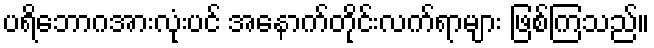
ပရိဘောဂအားလုံးပင် အနောက်တိုင်းလက်ရာများ ဖြစ်ကြသည်။